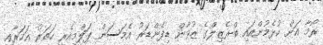
ރޯމާ އަށް ކުޅެމުންއައި ބްރެޒިލްގެ ޒުވާން ޑިފެންޑަރު އެމަސަން ޕަލްމިއެރީ ހަތަރު އަހަރާއި